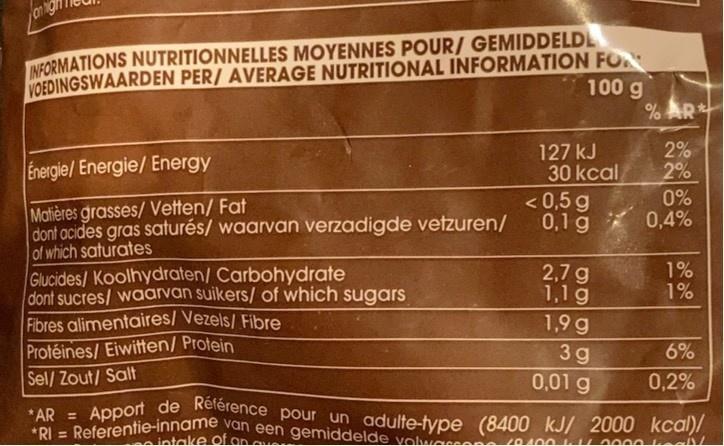
an hig
VOEDINGSWAARDEN PER/ AVERAGE NUTRITIONAL INFORMATION FO 100 g
INFORMATIONS NUTRITIONNELLES MOYENNES POUR/ GEMIDDELDL
Energie/Energie/ Energy
127 kJ 30 kcal
2% 2%
< 0,5 g 0,1 g
0% 0,4%
Matières grasses/ Vetten/ Fat dont acides gras saturés/ waarvan verzadigde vetzuren/ of which saturates Glucides/ Koolhydraten/ Carbohydrate dont sucres/ waarvan suikers/ of which sugars Fibres alimentaires/ Vezels/ Fibre Protéines/ Eiwitten/ Protein Sel/ Zout/ Salt
2,7 g 1,1g
1% 1%
1,9 g
6%
3g 0,01 g
0,2%
Apport de Rélérence pour un adulte-type (8400 kJ/ 2000 kcal)/
* AR = OL- Referentie-innanie van een gemiddelde vole
ULL